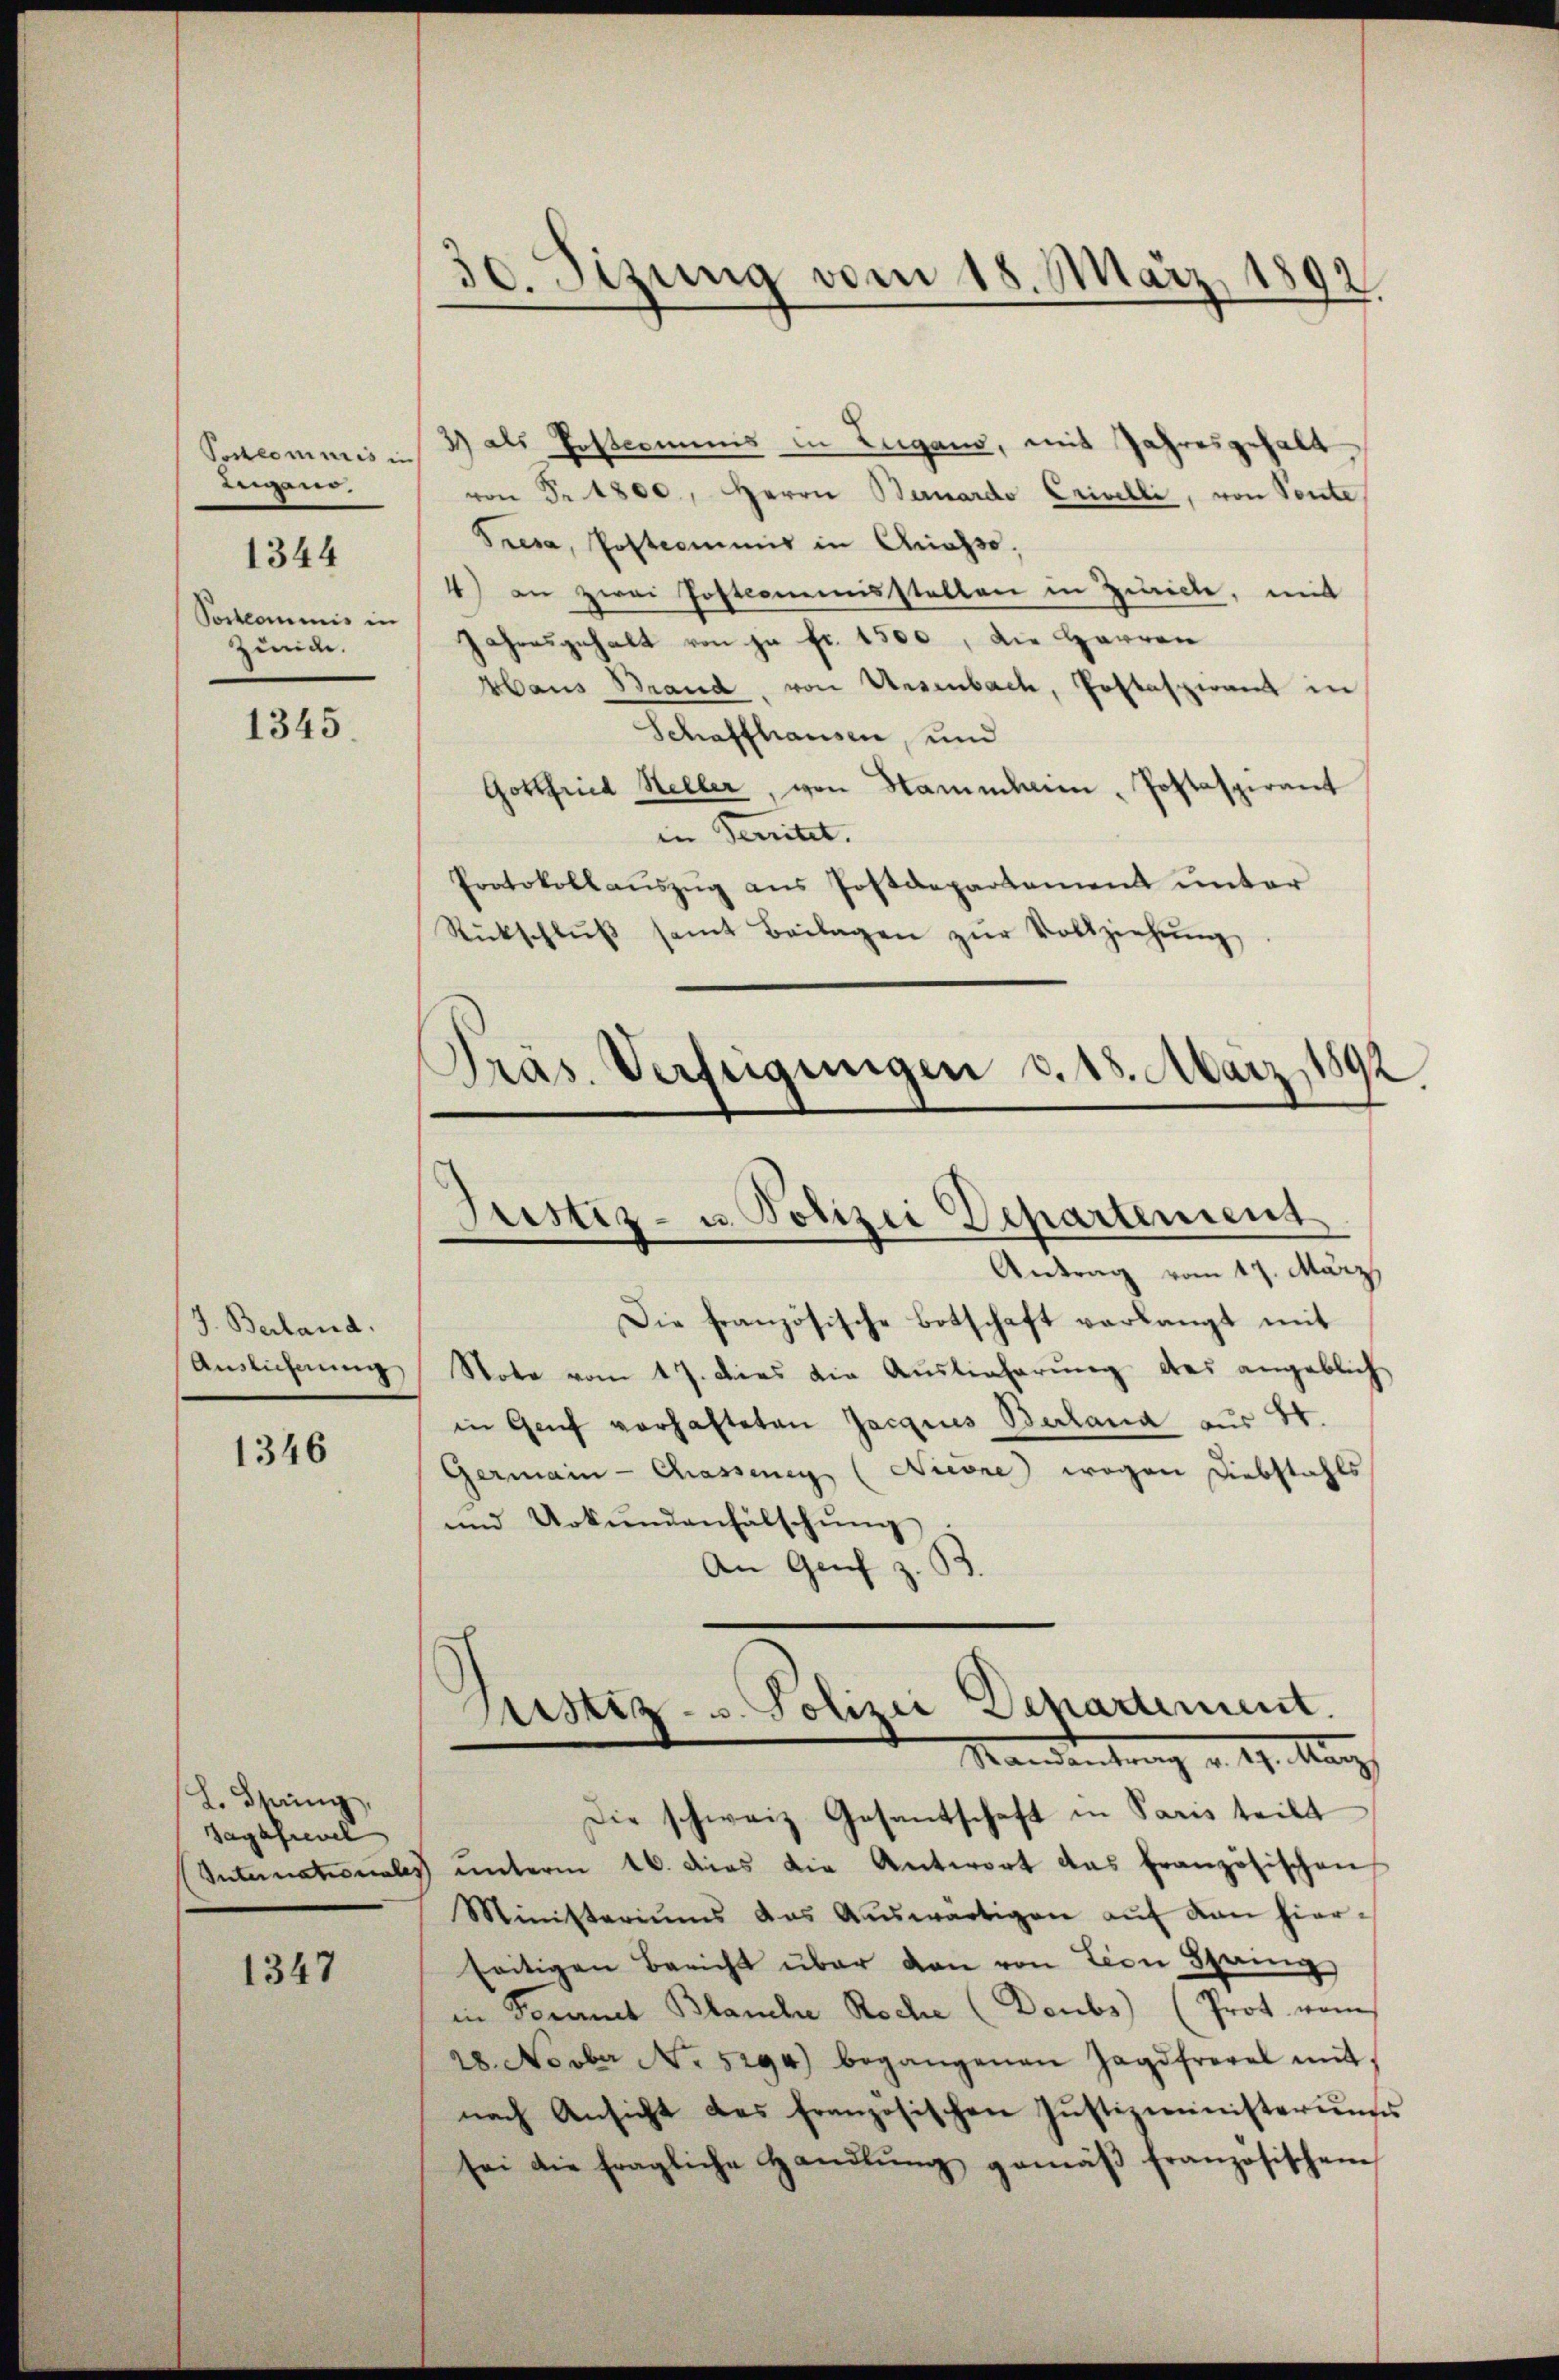
Sencommis in
Lugano.
Postcommis in
zünde.

1344

1345

J. Beiland.
Auslichnung

1346

L. Spring,
Jagdfrevel
Internationale,

1347

30. Sizung vom 18. März 1892

2) als Postcommis in Lugano, mit Jahresgehalt,
von Fr. 1800., Herrn Bernardo Crivelli, von Ponte
Tresa, Postcommis in Grasso,
4) an zwei Postcommisstellen in Zürich, mit
Jahresgehalt von ja fr. 1500, die Harren
Haus Brand, von Uesenbach, Postaspirant in
Schaffhausen, und
Gottfried Heller, von Stammheim, Postaspirant
in Senitet.
Protokollaŭszŭg ans Postdepartement unter
Rückschlŭβ samt Beilagen zŭr Vollziehŭng
19
Pras. Verfügungen d. 18. März 1

Justiz- u. Polizei Departement

Justiz- u. Polizei Departement.
Mandentrag v. 19. Mag

Antrag vom 17. März,
Die französische Botschaft verlangt mit
Note vom 17. dies die Aŭslieferŭng des angeblich
in Genf verhafteten Jacques Berland aus 44.
Germain-Chassenen (Nieone) wegen Diebstahls
und Urkundenfälschŭng
An Genf z.
Die schweiz. Gesantschaft in Paris teilt
unterm 16. dies die Antwort das französischen
Ministeriums das Aŭswärtigen aŭf von hierseitigen Bericht über von von Lion Spring
in Fernel Blanche Roche (Deubs) (Prot vom
28. Novber No. 5294) begangenen Jagdfrevel mit,
nach Ansicht des französischen Justizministeriums
sei die fragliche Handlŭng gemäβ französischen